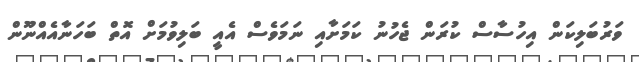
ވަރުބަލިކަން އިހުސާސް ކުރަން ޖެހުނު ކަމަށާއި ނަމަވެސް އެއީ ބަލިވުމަށް އޮތް ބަހަނާއެއްނޫން